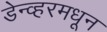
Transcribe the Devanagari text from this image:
डेन्व्हरमधून